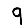
Digit: 9